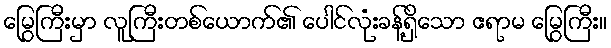
မြွေကြီးမှာ လူကြီးတစ်ယောက်၏ ပေါင်လုံးခန့်ရှိသော ဧရာမ မြွေကြီး။